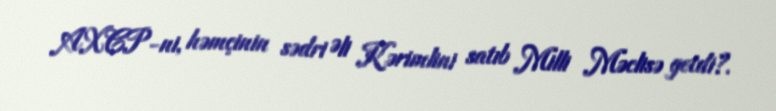
AXCP-ni, həmçinin sədri Əli Kərimlini satıb Milli Məclisə getdi?.